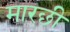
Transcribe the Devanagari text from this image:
मारछी